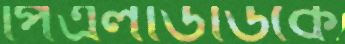
পিএলডিডিকে